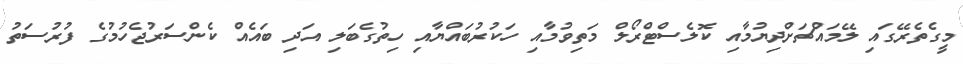
މީގެތެރޭގައި ލޭމައްޗަށްދިޔުމާއި ކޮލެސްޓްރޯލް މަތިވުމާއި ހަކުރުބައްޔާއި ހިތުގެބަލި އަދި ބައެއް ކެންސަރުޖެހުމުގެ ފުރުސަތު